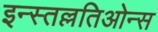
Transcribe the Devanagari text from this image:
इन्स्तल्लतिओन्स